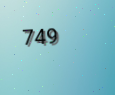
749